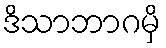
ဒိသာဘာဂမှိ